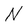
Character: N